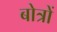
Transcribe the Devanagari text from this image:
बोत्रों